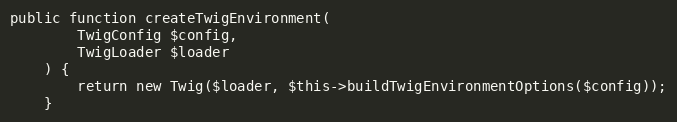
Language: PHP
public function createTwigEnvironment(
        TwigConfig $config,
        TwigLoader $loader
    ) {
        return new Twig($loader, $this->buildTwigEnvironmentOptions($config));
    }